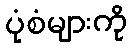
ပုံစံများကို